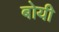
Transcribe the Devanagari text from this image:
बोयी